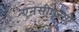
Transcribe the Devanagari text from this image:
एनसीएसऐ